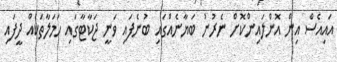
އައިއެސް އިން އޮންލައިންކޮށް ނެރުނު ބަޔާނެއްގައި ބުނެފައި ވަނީ ޖަކާޓާގައި ހަމަލާތަކެއް ދީފައި